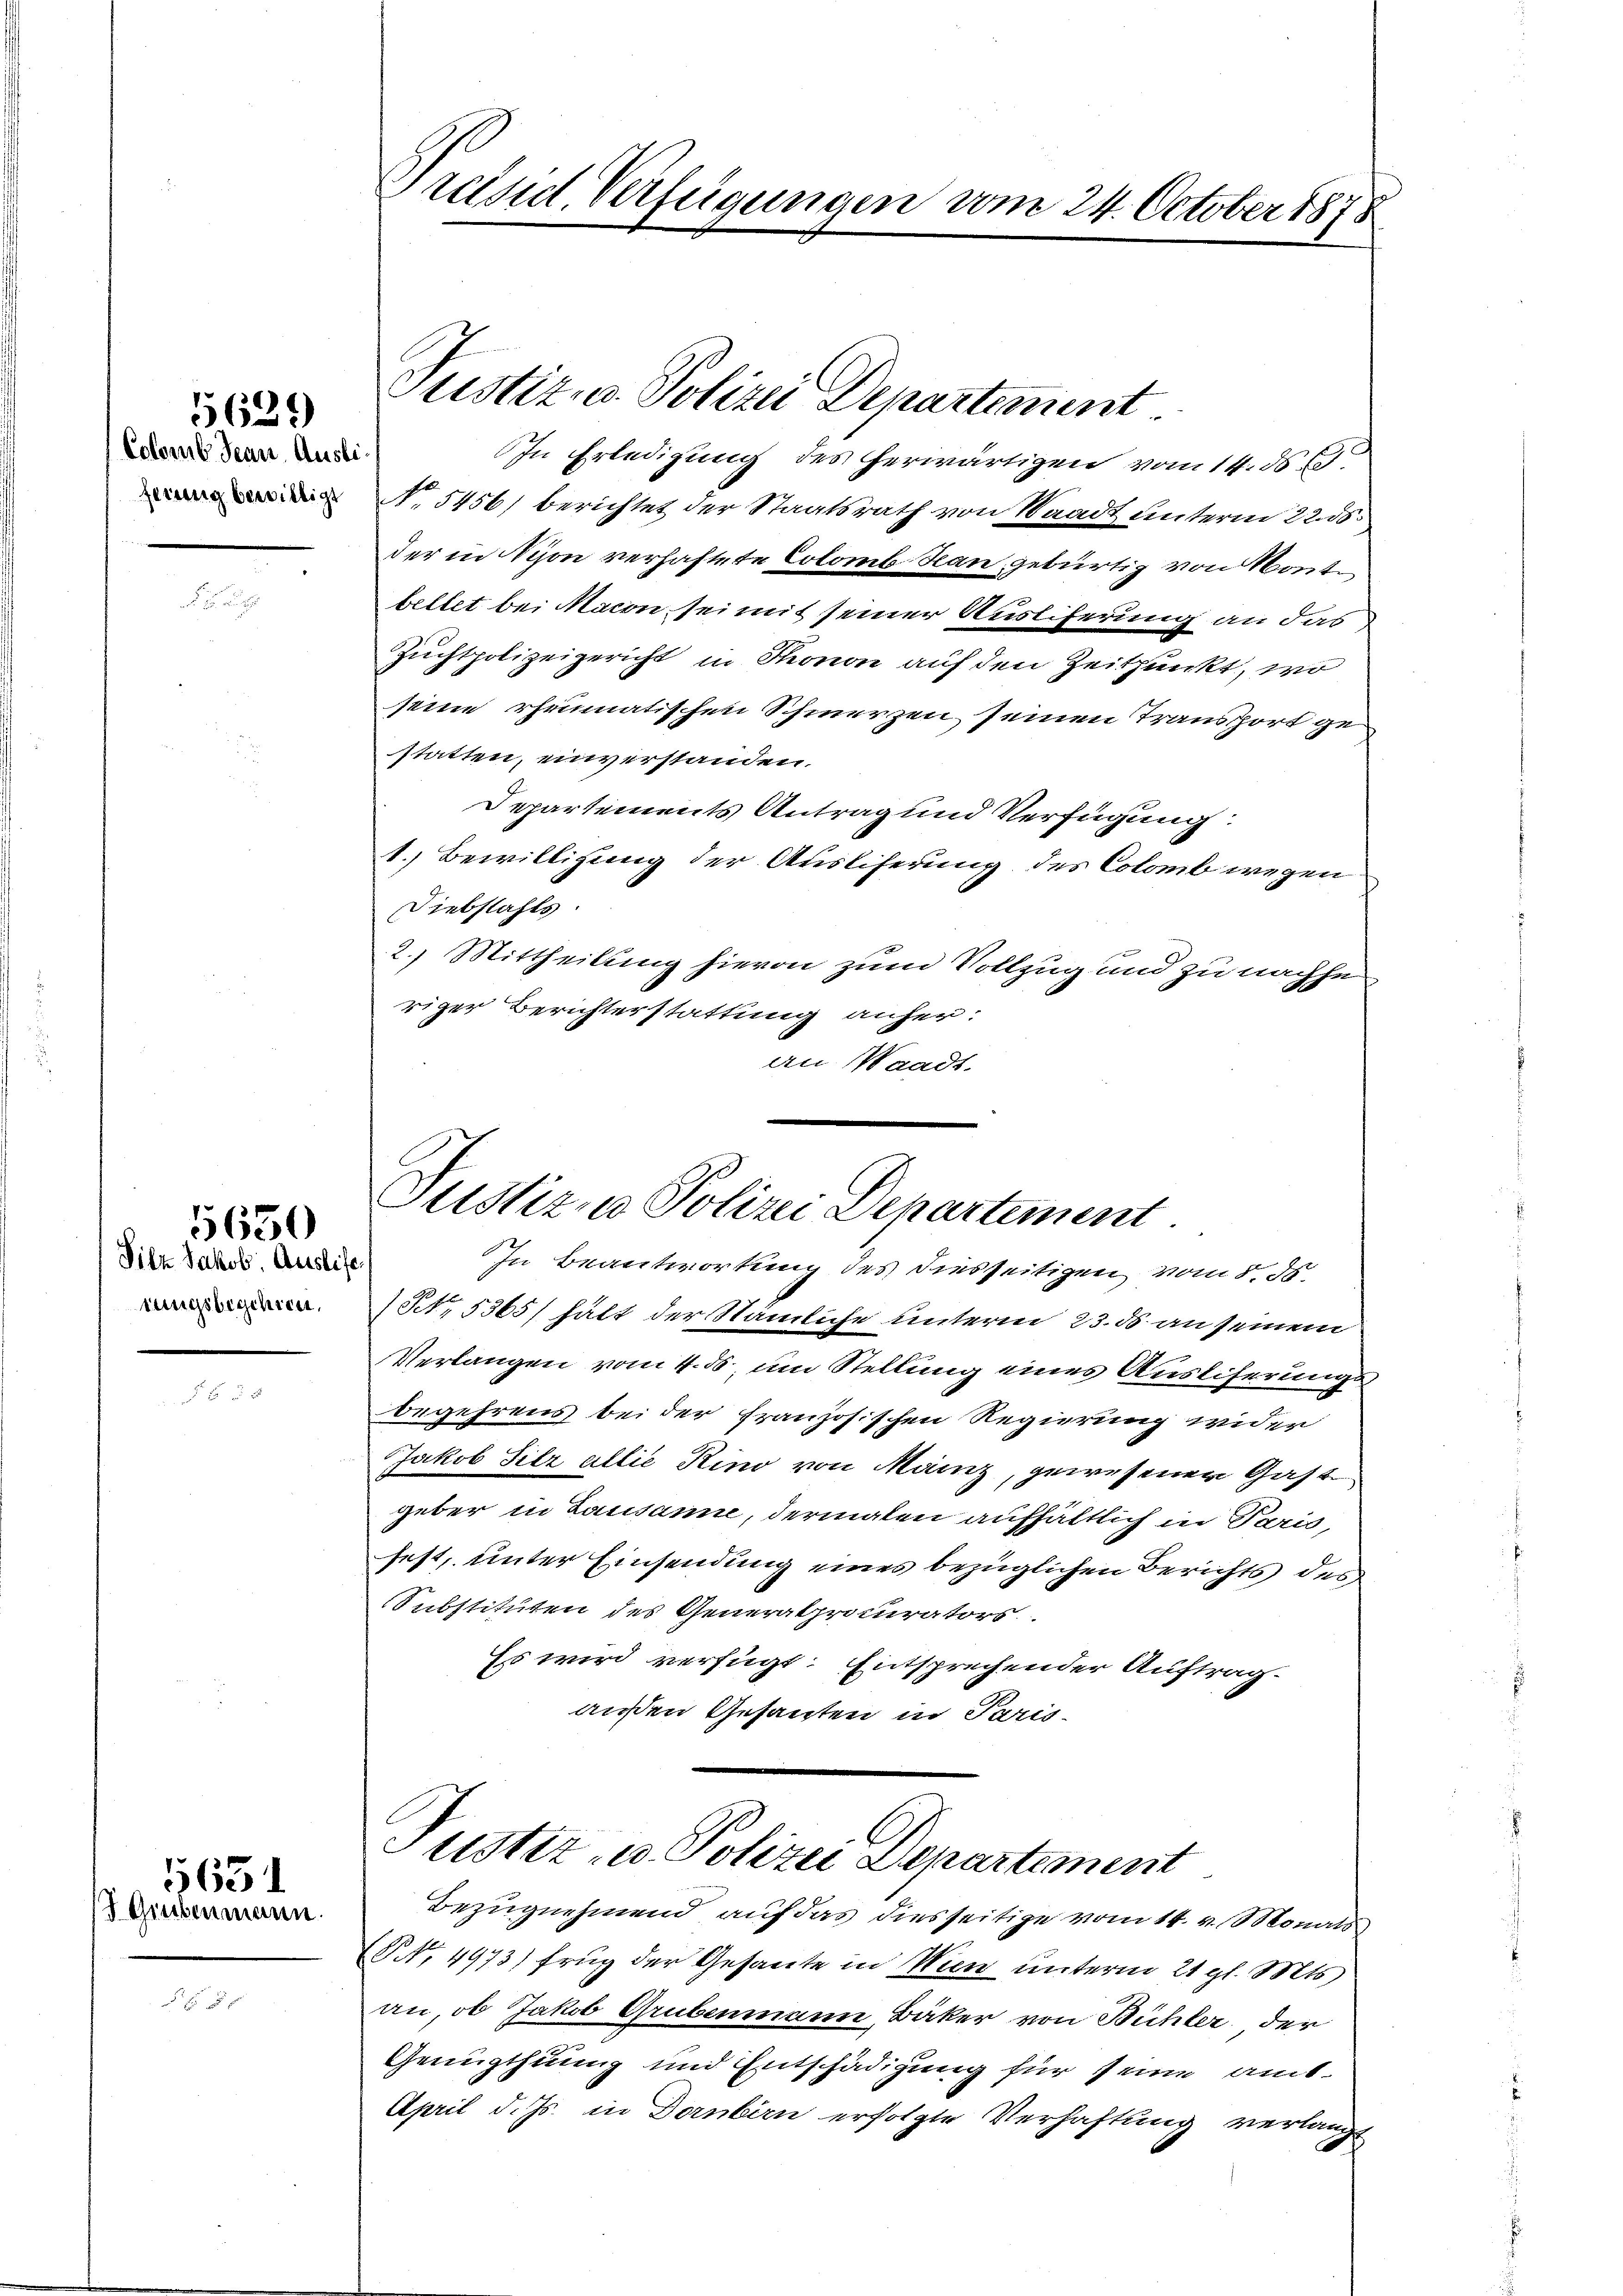
Colomb Jean Ausli
ferung bewilligt

Filz Jakob. Ausliefe
tungsbeschien,

5651

5629

5650

Grubenmann.

Präsid. Verfügungen vom 24. October 1878

In Erledigung des herwärtigen vom 14. ds.
No. 5456) berichtet der Staatsrath von Staadt unterm 22. ds.
der in Nyon verhaftete Colomb Han, gebürtig von Konte
bettet bei Macon sei mit seiner Ausliferung an das
Zuchtpolizeigericht in Thonon auf den Zeitpunkt, wo
seine rheumatischen Schmerzen seinen Transport ge
statten, einverstanden.
Departements Antrag und Verfügung:
1. Bewilligung der Ausliferung des Colomb wegen
Diebstahls.
2.) Mittheilung hievon zum Vollzug und zu nachhe
riger Berichterstattung anher:
an Waadt.

Justiz- u. Polizei Departement.

Justiz- u Polizei Departement.
In Beantwortung des diesseitigen vom 8. ds.

5, 5365/ hält der Stämliche unterm 23. ds an seinem
Verlangen vom 4. ds, um Stellung eines Ausliserungs
begehrens bei der französischen Regierung wider
Jakob Silz allie Kino von Mainz, gewesener Gast
geber in Lausanne, dermalen aufhältlich in Paris,
fest, unter Einsendung eines bezüglichen Berichts des
Substituten des Generalprocurators.
Es wird verfügt: Entsprechender Auftrag.
außen Gesanten in Paris

Pustiz - Polizei Departement

Bezugnehmend auf das diesseitige vom 14. v. Monats
(S. 4973) frug der Gesante in Wien unterm 21 gl. Mts.
an, ob Jakob Grubenmann, Bäker von Bühler, der
Genugthuung und Entschädigung für seine amt¬
April d. Js. in Dornbirn erfolgte Verhaftung verlangt